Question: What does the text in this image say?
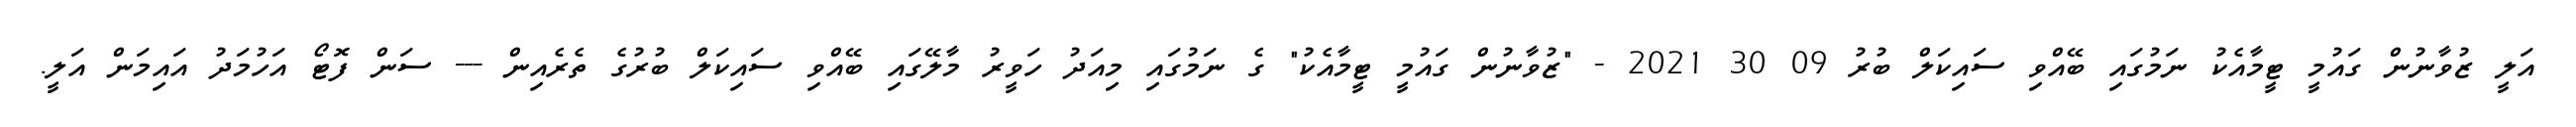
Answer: އަލީ ޒުވާނުން ގައުމީ ޓީމާއެކު ނަމުގައި ބޭއްވި ސައިކަލް ބުރު 09 30 2021 - "ޒުވާނުން ގައުމީ ޓީމާއެކު" ގެ ނަމުގައި މިއަދު ހަވީރު މާލޭގައި ބޭއްވި ސައިކަލް ބުރުގެ ތެރެއިން --- ސަން ފޮޓޯ އަހުމަދު އައިމަން އަލީ.